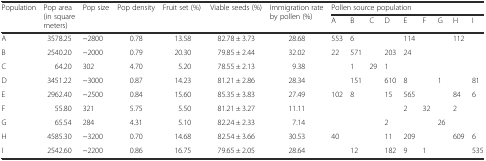
| <ROWSPAN=2> Population | <ROWSPAN=2> Pop area (in square meters) | <ROWSPAN=2> Pop size | <ROWSPAN=2> Pop density | <ROWSPAN=2> Fruit set (%) | <ROWSPAN=2> Viable seeds (%) | <ROWSPAN=2> Immigration rate by pollen (%) | <COLSPAN=9> Pollen source population |
 | A | B | C | D | E | F | G | H | I |
 | --- | --- | --- | --- | --- | --- | --- | --- | --- | --- | --- | --- | --- | --- | --- | --- |
 | A | 3578.25 | ~2800 | 0.78 | 13.58 | 82.78 ± 3.73 | 28.68 | 553 | 6 |  |  | 114 |  |  | 112 |  |
 | B | 2540.20 | ~2000 | 0.79 | 20.30 | 79.85 ± 2.44 | 32.02 | 22 | 571 |  | 203 | 24 |  |  |  |  |
 | C | 64.20 | 302 | 4.70 | 5.20 | 78.55 ± 2.13 | 9.38 |  | 1 | 29 | 1 |  |  |  |  |  |
 | D | 3451.22 | ~3000 | 0.87 | 14.23 | 81.21 ± 2.86 | 28.34 |  | 151 |  | 610 | 8 |  | 1 |  | 81 |
 | E | 2962.40 | ~2500 | 0.84 | 15.60 | 85.35 ± 3.83 | 27.49 | 102 | 8 |  | 15 | 565 |  |  | 84 | 6 |
 | F | 55.80 | 321 | 5.75 | 5.50 | 81.21 ± 3.27 | 11.11 |  |  |  |  | 2 | 32 |  | 2 |  |
 | G | 65.54 | 284 | 4.31 | 5.10 | 82.24 ± 2.33 | 7.14 |  |  |  | 2 |  |  | 26 |  |  |
 | H | 4585.30 | ~3200 | 0.70 | 14.68 | 82.54 ± 3.66 | 30.53 | 40 |  |  | 11 | 209 |  |  | 609 | 6 |
 | I | 2542.60 | ~2200 | 0.86 | 16.75 | 79.65 ± 2.05 | 28.64 |  | 12 |  | 182 | 9 | 1 |  |  | 535 |